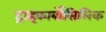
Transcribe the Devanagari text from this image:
ट्राइकार्बोसिलिक